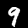
Label: 9